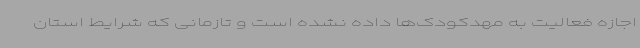
اجازه فعالیت به مهدکودک‌ها داده نشده است و تازمانی که شرایط استان